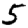
Digit: 5